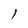
Character: 1